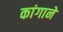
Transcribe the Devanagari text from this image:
कांगाने